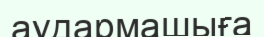
аудармашыға